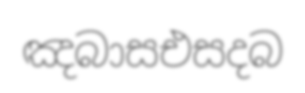
ඤබාසඑසදබ